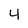
Character: 4